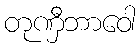
တုဏှီဘာဝေါ